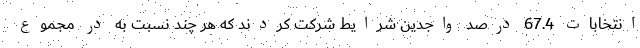
انتخابات 67.4 درصد واجدین شرایط شرکت کردند که هر چند نسبت به در مجموع